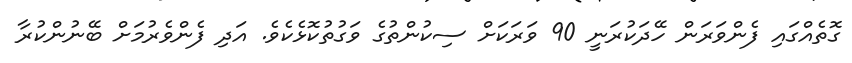
ގޮތެއްގައި ފެންވަރަން ހޭދަކުރަނީ 90 ވަރަކަށް ސިކުންތުގެ ވަގުތުކޮޅެކެވެ. އަދި ފެންވެރުމަށް ބޭނުންކުރާ